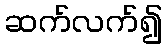
ဆက်လက်၍